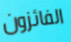
الفائزون